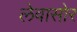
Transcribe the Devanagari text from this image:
लेवासोर